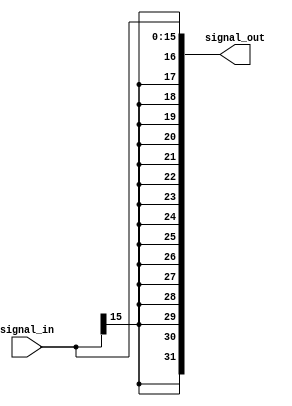
module signal_extend
#(
   parameter OUT_DATA_WIDTH = 32,
   parameter IN_DATA_WIDTH = 16
)(
   input [IN_DATA_WIDTH-1:0] signal_in,
   output [OUT_DATA_WIDTH-1:0] signal_out
);

// Verificar se vai extender o sinal apenas de uma forma
assign signal_out = {{(OUT_DATA_WIDTH-IN_DATA_WIDTH){signal_in[IN_DATA_WIDTH-1]}},signal_in};

endmodule